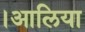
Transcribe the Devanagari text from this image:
।आलिया